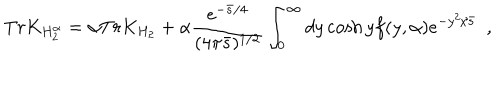
LaTeX: T r K _ { H _ { 2 } ^ { \alpha } } = \alpha T r K _ { H _ { 2 } } + \alpha { \frac { e ^ { - { \bar { s } / 4 } } } { ( 4 \pi \bar { s } ) ^ { 1 / 2 } } } \int _ { 0 } ^ { \infty } d y \cosh y f ( y , \alpha ) e ^ { - { y ^ { 2 } / \bar { s } } } ~ ~ ,